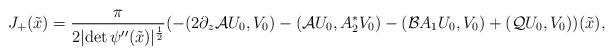
LaTeX: \begin{align*}J_+(\tilde x)=\frac{\pi}{2\vert \mbox{det}\,\psi''(\tilde x)\vert^\frac 12}(-(2\partial_z\mathcal AU_0, V_0)-(\mathcal AU_0, A_2^*V_0) -(\mathcal B A_1 U_0, V_0)+(\mathcal Q U_0,V_0))(\tilde x),\end{align*}